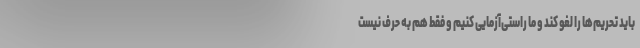
باید تحریم‌ها را لغو کند و ما راستی‌آزمایی کنیم و فقط هم به حرف نیست